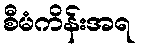
စီမံကိန်းအရ